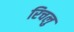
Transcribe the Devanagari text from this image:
रिचलु